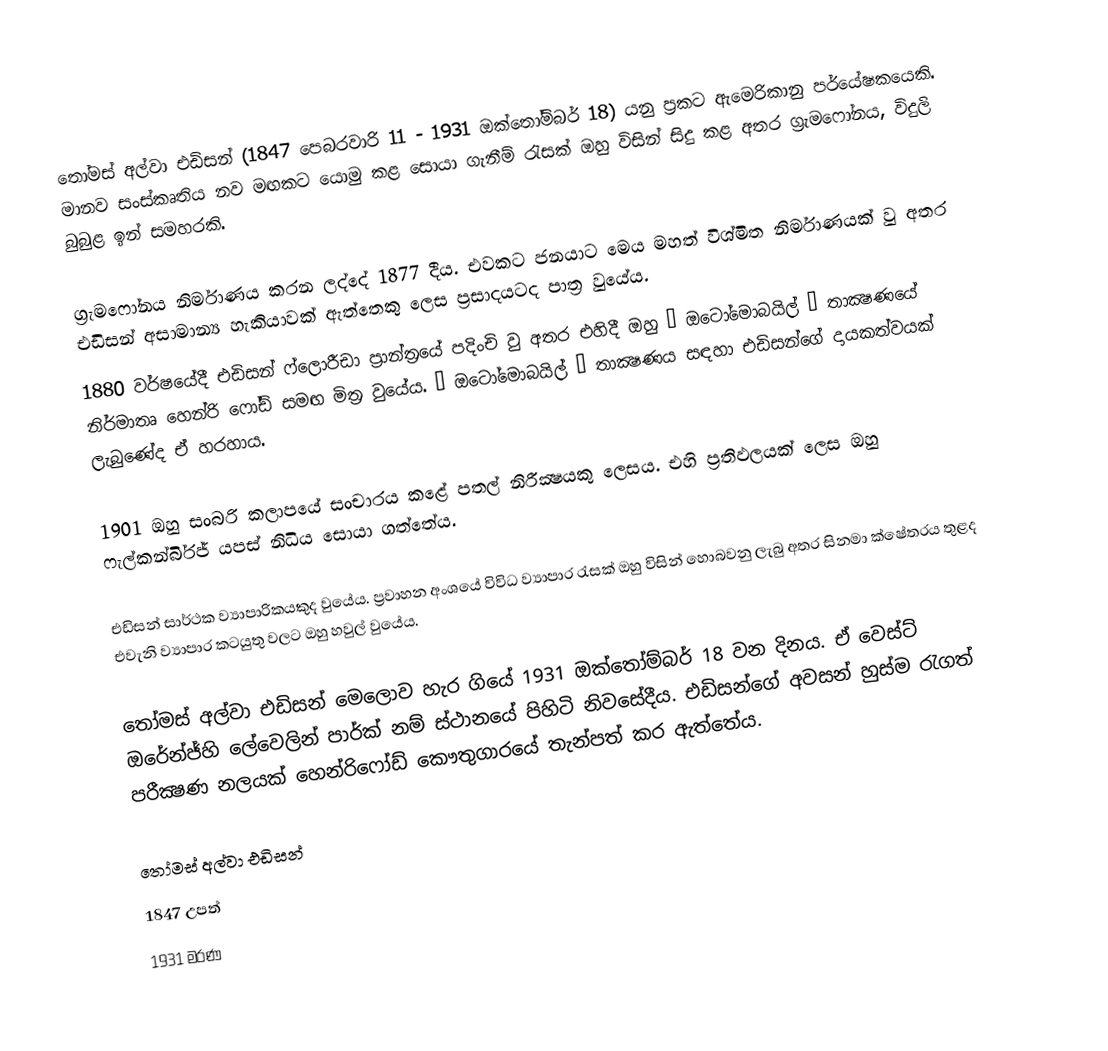
තෝමස් අල්වා එඩිසන් (1847 පෙබරවාරි 11 - 1931 ඔක්තෝම්බර් 18) යනු ප්‍රකට ඇමෙරිකානු පර්යේෂකයෙකි. මානව සංස්කෘතිය නව මඟකට යොමු කළ සොයා ගැනීම් රැසක් ඔහු විසින් සිදු කළ අතර ග්‍රැමෆෝනය, විදුලි බුබුළ ඉන් සමහරකි.

ග්‍රැමෆෝනය නිර්මාණය කරන ලද්දේ 1877 දීය. එවකට ජනයාට මෙය මහත් විශ්මිත නිර්මාණයක් වු අතර එඩිසන් අසාමාන්‍ය හැකියාවක් ඇත්තෙකු ලෙස ප්‍රසාදයටද පාත්‍ර වුයේය.
1880 වර්ෂයේදී එඩිසන් ෆ්ලොරීඩා ප‍්‍රාන්ත‍්‍රයේ පදිංචි වු අතර එහිදී ඔහු ‘ ඔටෝමොබයිල් ’ තාක්‍ෂණයේ නිර්මාතෘ හෙන්රි ෆෝඩ් සමඟ මිත්‍ර වුයේය. ‘ ඔටෝමොබයිල් ’ තාක්‍ෂණය සඳහා එඩිසන්ගේ දායකත්වයක් ලැබුණේද ඒ හරහාය.

1901 ඔහු සංබරි කලාපයේ සංචාරය කළේ පතල් නිරීක්‍ෂයකු ලෙසය. එහි ප්‍රතිඵලයක් ලෙස ඔහු ෆැල්කන්බි‍්‍රජ් යපස් නිධිය සොයා ගත්තේය.

එඩිසන් සාර්ථක ව්‍යාපාරිකයකුද වුයේය. ප්‍රවාහන අංශයේ විවිධ ව්‍යාපාර රැසක් ඔහු විසින් හොබවනු ලැබු අතර සිනමා ක්ෂේත‍්‍රය තුළද එවැනි ව්‍යාපාර කටයුතු වලට ඔහු හවුල් වුයේය.

තෝමස් අල්වා එඩිසන් මෙලොව හැර ගියේ 1931 ඔක්තෝම්බර් 18 වන දිනය. ඒ වෙස්ට් ඔරේන්ජ්හි ලේවෙලින් පාර්ක් නම් ස්ථානයේ පිහිටි නිවසේදීය. එඩිසන්ගේ අවසන් හුස්ම රැගත් පරීක්‍ෂණ නලයක් හෙන්රිෆෝඩ් කෞතුගාරයේ තැන්පත් කර ඇත්තේය.

තෝමස් අල්වා එඩිසන්
1847 උපත්
1931 මරණ